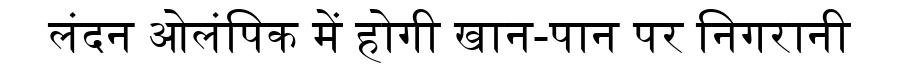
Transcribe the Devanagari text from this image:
लंदन ओलंपिक में होगी खान-पान पर निगरानी